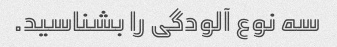
سه نوع آلودگی را بشناسید.